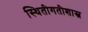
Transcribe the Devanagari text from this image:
स्थितीगतीशास्त्र